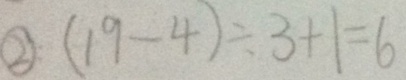
\textcircled { 2 } ( 1 9 - 4 ) \div 3 + 1 = 6